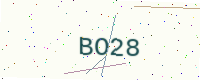
Text: BO28